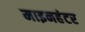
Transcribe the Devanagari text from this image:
माइनहंटर